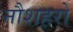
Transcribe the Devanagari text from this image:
नौशहरो